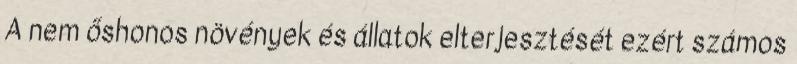
A nem őshonos növények és állatok elterjesztését ezért számos